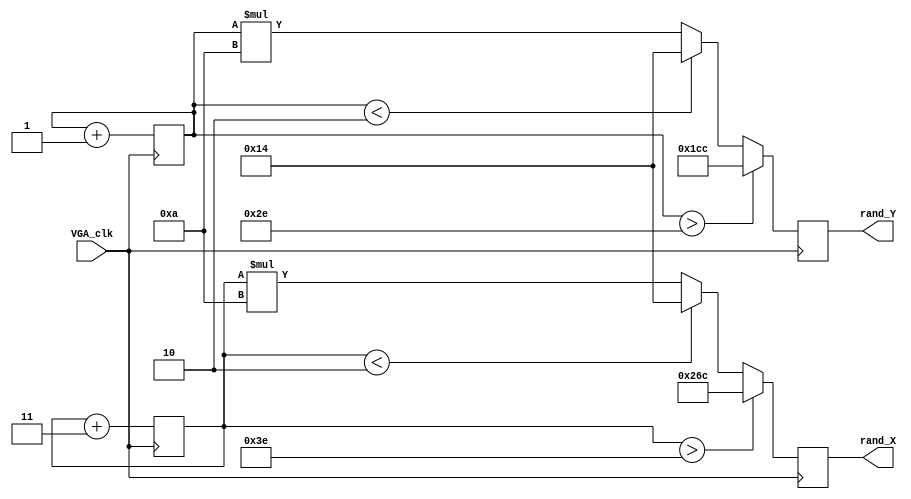
module randomPos(VGA_clk, rand_X, rand_Y);
	input VGA_clk;
	output reg [9:0]rand_X;
	output reg [9:0]rand_Y;
	reg [5:0]pointX, pointY = 10;

	always @(posedge VGA_clk)
		pointX <= pointX + 3;	
	always @(posedge VGA_clk)
		pointY <= pointY + 1;
	always @(posedge VGA_clk)
	begin	
		if(pointX>62)
			rand_X <= 620;
		else if (pointX<2)
			rand_X <= 20;
		else
			rand_X <= (pointX * 10);
	end
	
	always @(posedge VGA_clk)
	begin	
		if(pointY>46)//---------------------------------------------------------------Changed to 469
			rand_Y <= 460;
		else if (pointY<2)
			rand_Y <= 20;
		else
			rand_Y <= (pointY * 10);
	end
endmodule